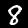
Digit: 8